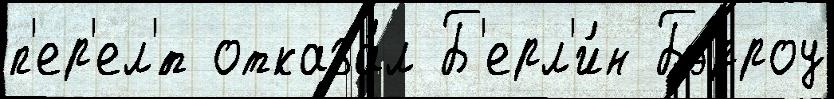
п'ер'ел'́т отказа́л Б'ерл'и́н Бэрроу